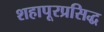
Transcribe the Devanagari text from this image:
शहापूरप्रसिद्ध